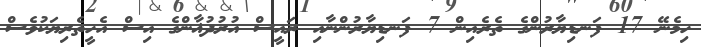
ހިމެނޭ 17 ފަނޑިޔާރުންގެ ތެރެއިން 7 ފަނޑިޔާރުންނާއި ރައީސް އުރުދުޣާންގެ އިސް އެހީތެރިޔަކުވެސް